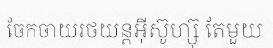
ចែកចាយរថយន្តអ៊ីស៊ូហ្ស៊ុ តែមួយ